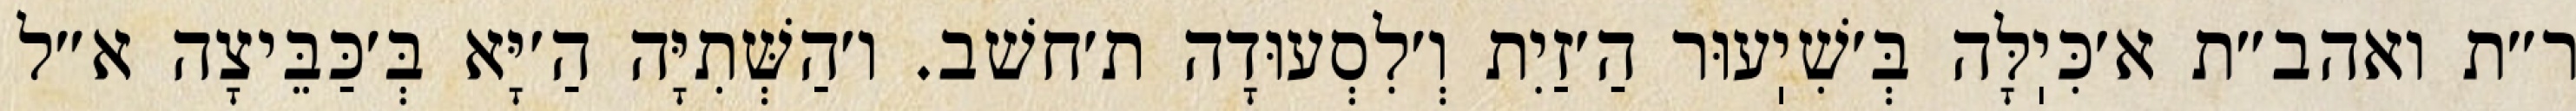
ר״ת ואהב״ת א׳כִּיֽלָּה בְּ׳שִׁיֽעוּר הַ׳זַיִת וְ׳לִסְעוּדָה ת׳חשׁב. ו׳הַשְּׁתִיָּה הַ׳יָּא בְּ׳כַּבֵּיצָה א״ל